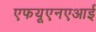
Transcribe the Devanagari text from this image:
एफयूएनएआई